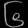
Digit: ၆